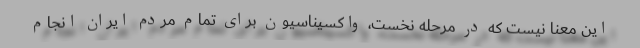
این معنا نیست که در مرحله نخست، واکسیناسیون برای تمام مردم ایران انجام